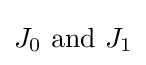
J_{0}{\text{ and }}J_{1}